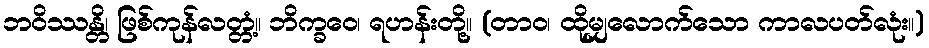
ဘဝိဿန္တိ၊ ဖြစ်ကုန်လတ္တံ့။ ဘိက္ခဝေ၊ ရဟန်းတို့။ (တာဝ၊ ထိုမျှလောက်သော ကာလပတ်လုံး။)